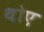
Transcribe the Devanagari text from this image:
थोए